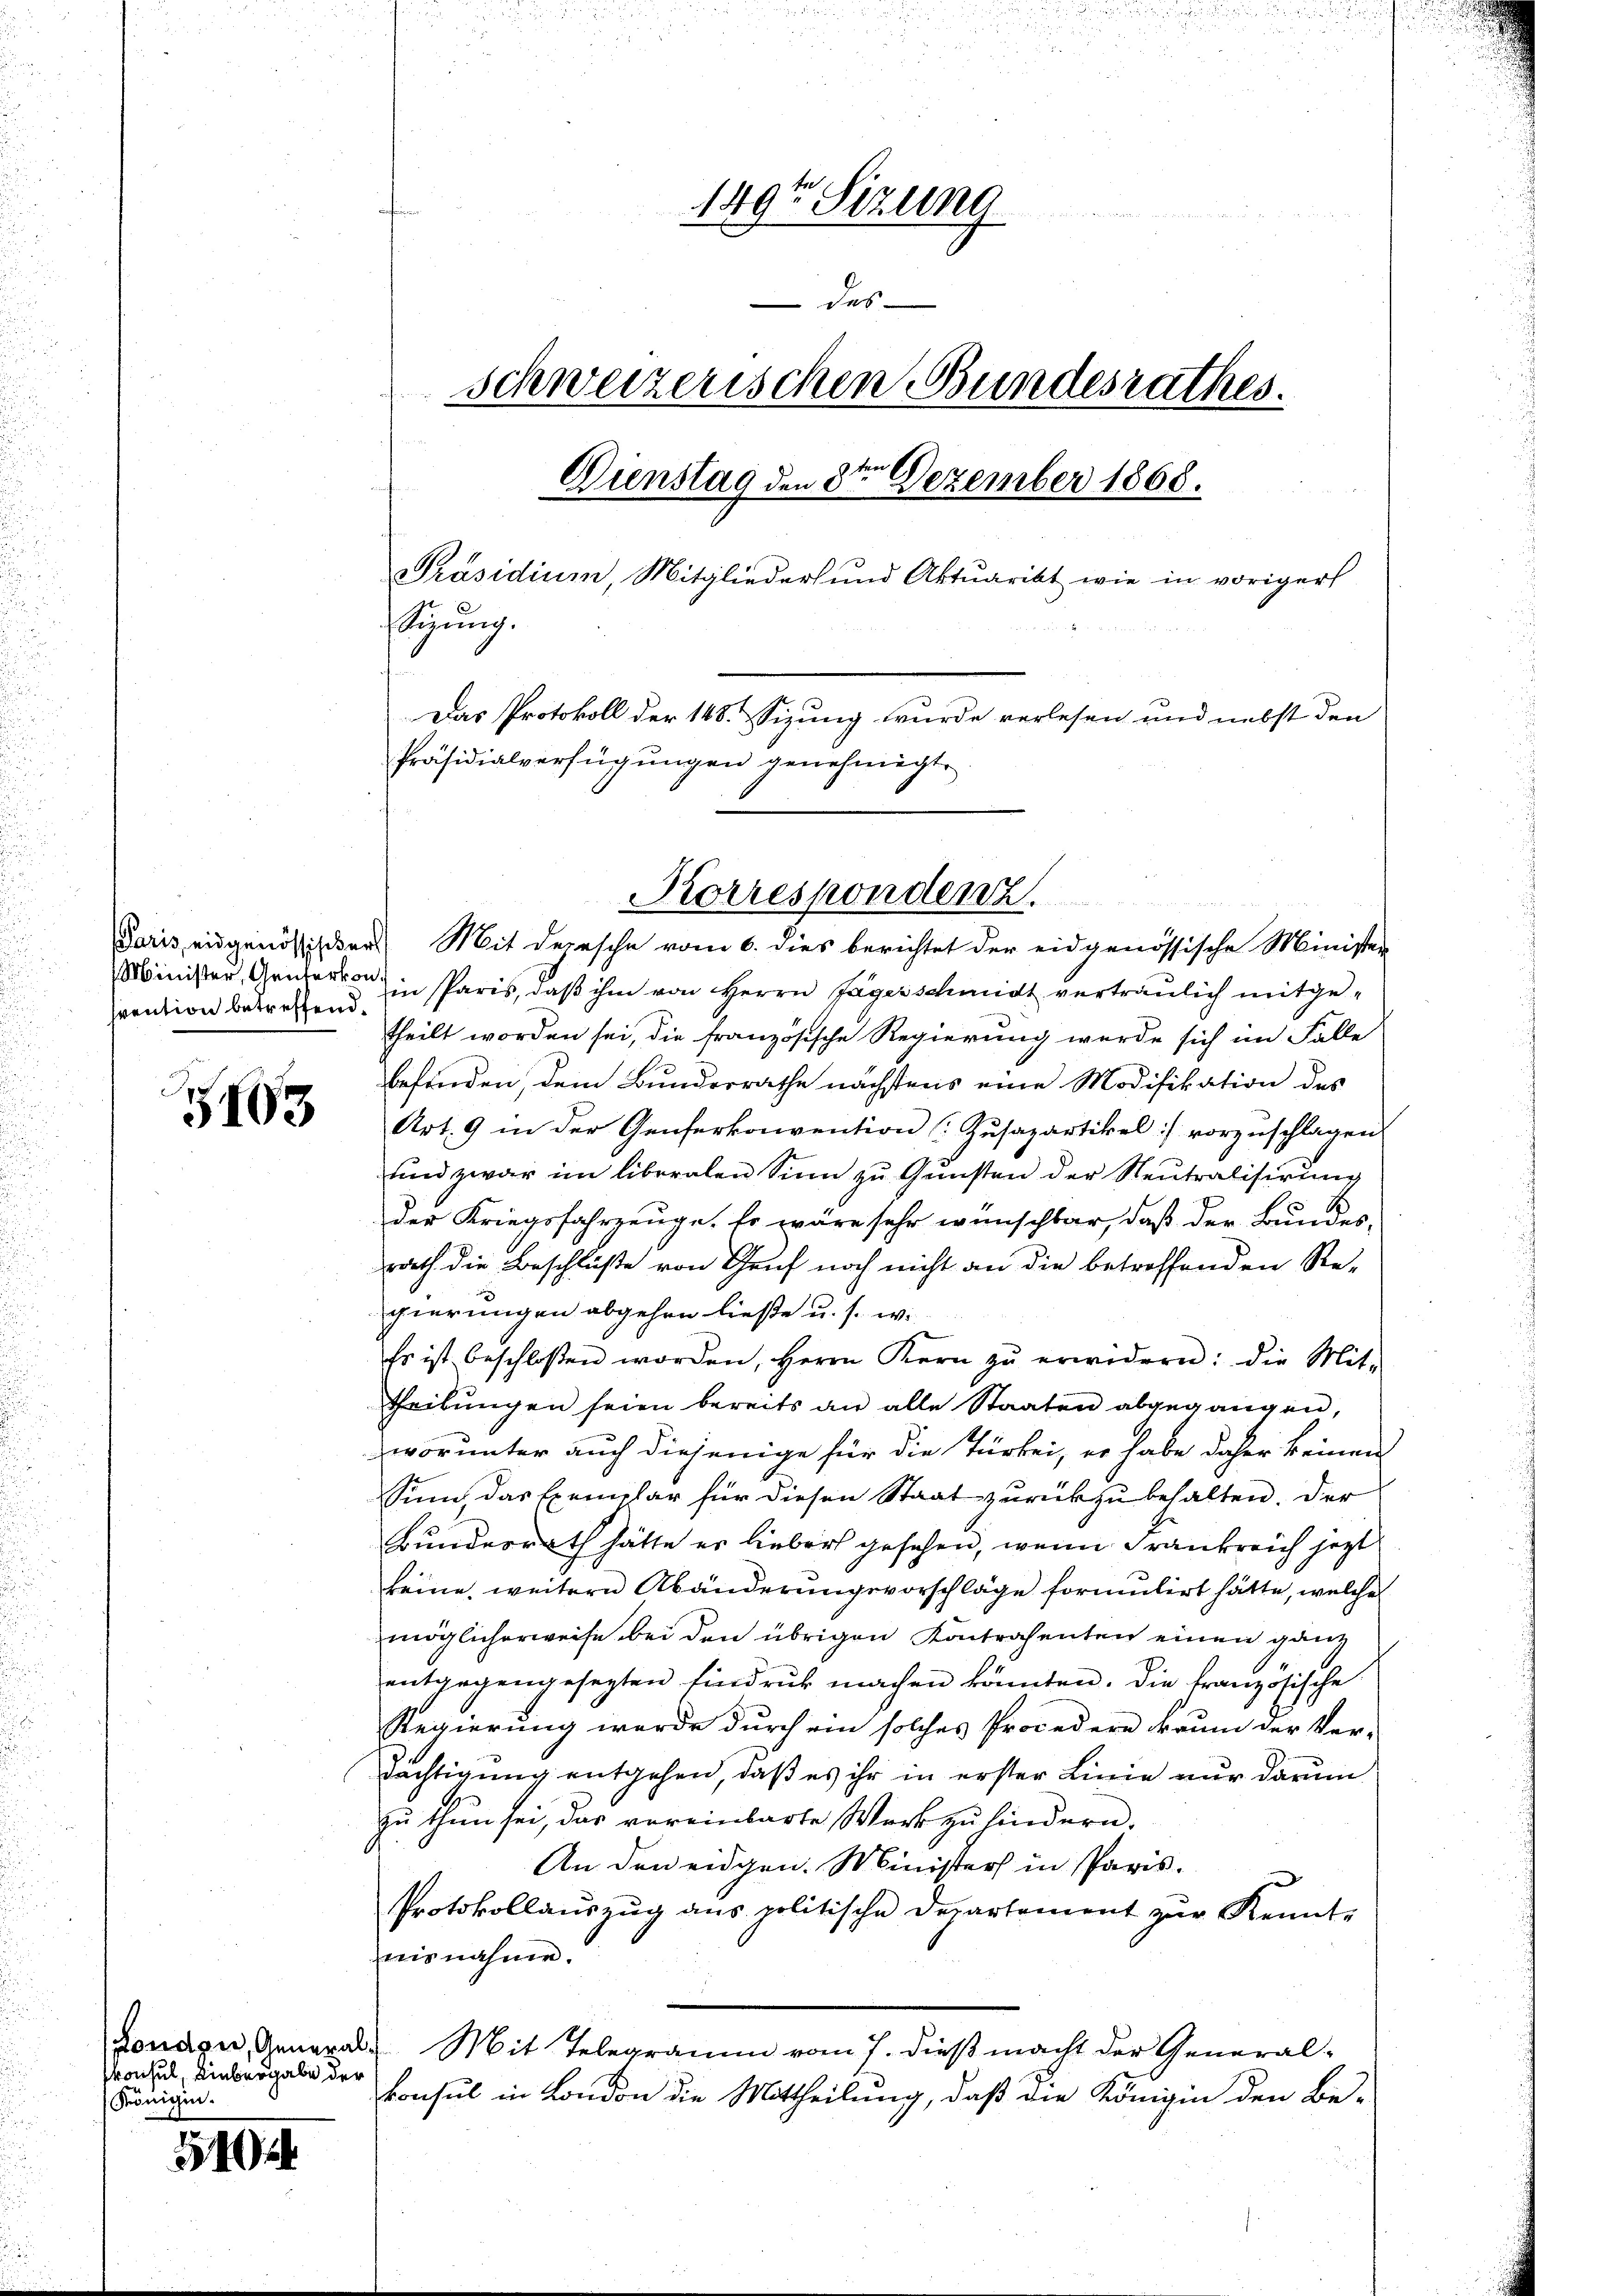
srention betreffend.

5103

Pronsul, Liebergabe der
Königer.

540

149te Sizung
 e u er
des
schweizerischen Bundesrathes.
Dienstag den 8te͇n Dezember 1868.
Präsidium, Mitglieders und Aktuarikt wie in voriger
Sigŭng.
Das Protokoll der 148. Sizung wurde verlesen und nebst den
Präsidialverfügungen genehmigt.

Paris eidgenössischer Mit dersche vom 6. dies berichtet der eidgenössische Minister
Minister, Gener in Paris, daß ihm von Herrn Jägerschmidt vertraulich mitgetheilt worden sei, die französische Regierung werde sich im Falle
befinden, dem Bunderrathe nächstens eine Modifikation des
Art. 9 in der Genferkonvention Zusapartikel vorzuschlagen.
und zwar im liberalen Sinn zu Gunsten der Neutralisirung
der Kriegsfahrzeuge. Er wäre sehr wünschbar, daß der Bundesrath die Beschlüße von Genf noch nicht an die betroffenden Re-
gierungen abgehen ließe u. s. wi
Es ist beschloßen worden, Herrn Kern zŭ erwidern: die Mit-
theilungen seien bereits an alle Staaten abgegangen,
worunter auch diejenige für die Türkei, er habe daher keinen
Sinn, das Exemplar für diesen Staat zurückzubehalten. Der
Bunderrath hätte es lieber gesehen, wenn Frankreich jetzt
keine, weitern Abänderungsvorschläge formulirt hätte, welche
möglicherweise bei den übrigen Kontrahenten einen ganz
entgegengesezten Eindruck machen könnten. Die französische
Regierung werde durch ein solches Procedere kaum der Ver-
Tächtigung entgehen, daß es ihr in erster Linie nur darum
zu thun sei, das vereinbarte Werk zu hindern.
An den eidgen. Minister in Paris.
Protokollaŭszŭg ans politische Departement zŭr Kennt-
aisnahme.
London, General Mit Telegramm vom 7. dieß macht der General-
konsul in London die Mittheilung, daß die Königin den Be-

Korrespondenz.

.